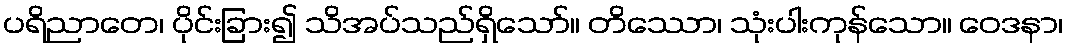
ပရိညာတေ၊ ပိုင်းခြား၍ သိအပ်သည်ရှိသော်။ တိဿော၊ သုံးပါးကုန်သော။ ဝေဒနာ၊